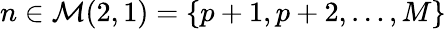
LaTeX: n\in\mathcal{M}(2,1)=\{ p+1,p+2,\ldots,M\}